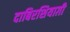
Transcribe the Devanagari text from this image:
दाबिरशियाग़ी